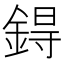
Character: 鍀